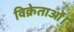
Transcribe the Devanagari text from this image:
विक्रेताओं।